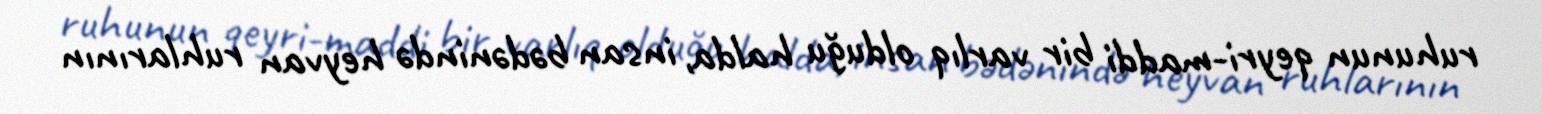
ruhunun qeyri-maddi bir varlıq olduğu halda, insan bədənində heyvan ruhlarının